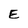
Character: E